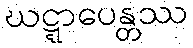
ဃဋ္ဋာပေန္တဿ